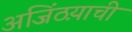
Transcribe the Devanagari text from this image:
अजिंठय़ाची